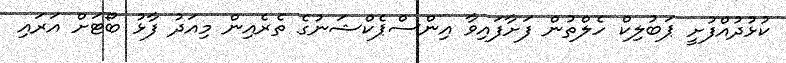
ކުޅުދުއްފުށީ ޕަބުލިކް ހެލްތުން ފަށާފައިވާ އިންސްޕެކްޝަނުގެ ތެރެއިން މިއަދު ފާޅު ބޯޓަށް އަރައި